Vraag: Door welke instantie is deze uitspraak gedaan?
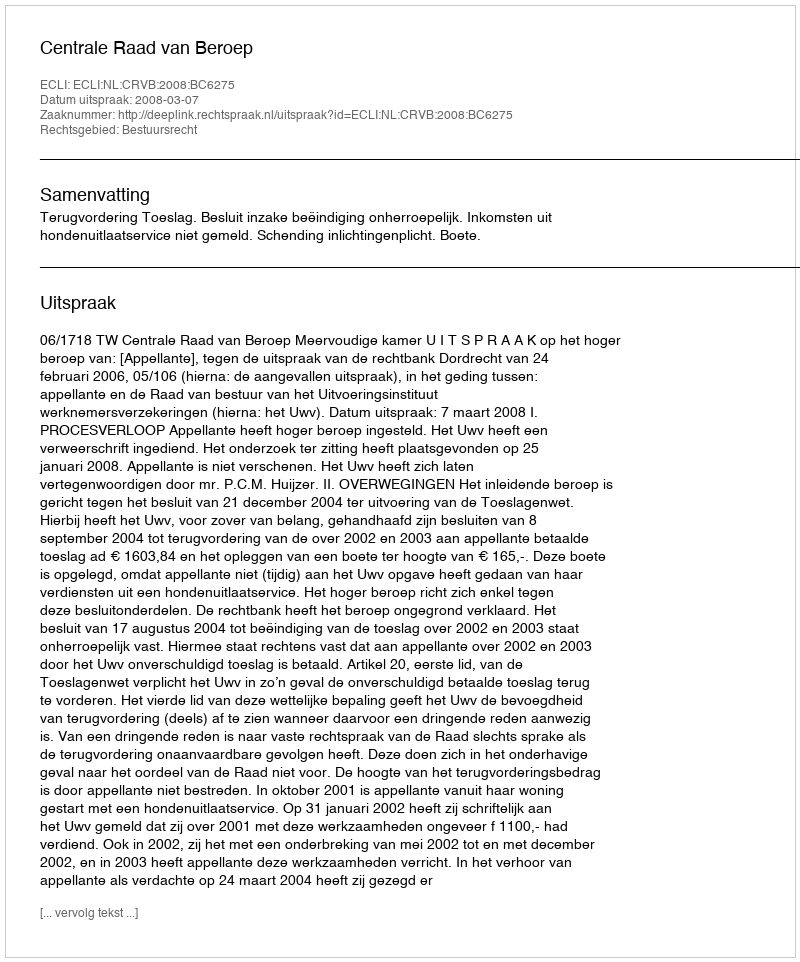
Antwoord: Centrale Raad van Beroep